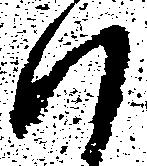
ハ